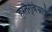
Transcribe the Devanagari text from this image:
हस्तैर्‌बिभ्राणं